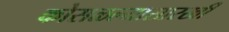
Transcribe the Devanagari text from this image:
कोसळल्यासारखी